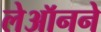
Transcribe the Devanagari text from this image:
लेऑनने